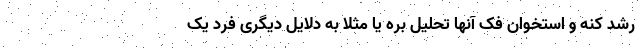
رشد کنه و استخوان فک آنها تحلیل بره یا مثلا به دلایل دیگری فرد یک